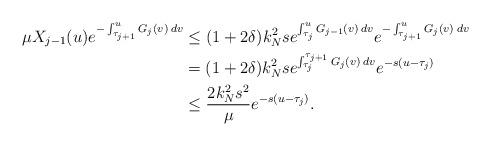
LaTeX: \begin{align*}\mu X_{j-1}(u) e^{-\int_{\tau_{j+1}}^u G_j(v) \: dv} &\leq (1 + 2 \delta) k_N^2 s e^{\int_{\tau_j}^u G_{j-1}(v) \: dv} e^{-\int_{\tau_{j+1}}^u G_j(v) \: dv} \\&= (1 + 2 \delta) k_N^2 s e^{\int_{\tau_j}^{\tau_{j+1}} G_j(v) \: dv} e^{-s(u - \tau_j)} \\&\leq \frac{2 k_N^2 s^2}{\mu} e^{-s(u - \tau_j)}.\end{align*}